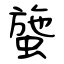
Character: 䗐